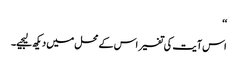
‘‘
اس آیت کی تفسیر اس کے محل میں دیکھ لیجیے۔